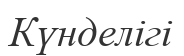
Күнделігі